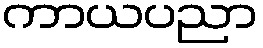
ကာယပညာ